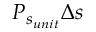
P _ { s _ { u n i t } } \Delta s